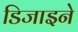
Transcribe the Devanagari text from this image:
डिजाइने